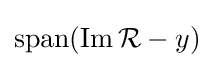
\operatorname {span} (\operatorname {Im} {\mathcal {R}}-y)